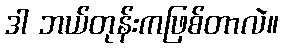
ဒါ ဘယ်တုန်းကဖြစ်တာလဲ။